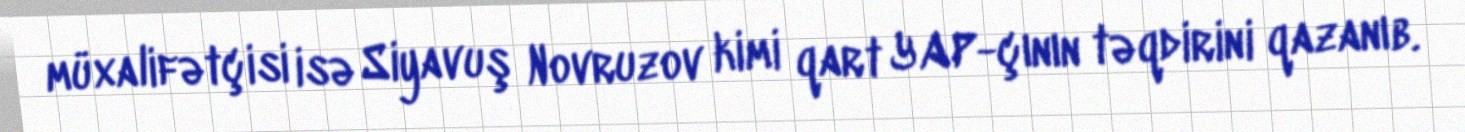
müxalifətçisi isə Siyavuş Novruzov kimi qart YAP-çının təqdirini qazanıb.